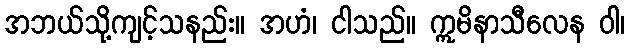
အဘယ်သို့ကျင့်သနည်း။ အဟံ၊ ငါသည်။ ဣမိနာသီလေန ဝါ၊